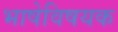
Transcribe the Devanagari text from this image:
भाषेविषयक